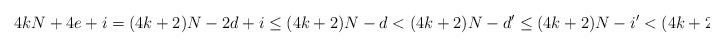
LaTeX: \begin{align*}4kN+4e+i = (4k+2)N-2d+i \leq (4k+2)N-d < (4k+2)N-d' \leq (4k+2)N-i' < (4k+2)N-i'+1.\end{align*}